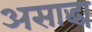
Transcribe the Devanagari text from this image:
असाद्ध्य